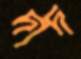
দাদ